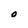
Character: O